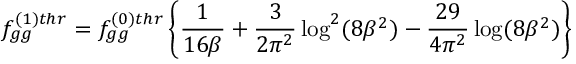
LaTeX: f _ { g g } ^ { ( 1 ) t h r } = f _ { g g } ^ { ( 0 ) t h r } \left\{ \frac { 1 } { 1 6 \beta } + \frac { 3 } { 2 \pi ^ { 2 } } \log ^ { 2 } ( 8 \beta ^ { 2 } ) - \frac { 2 9 } { 4 \pi ^ { 2 } } \log ( 8 \beta ^ { 2 } ) \right\}